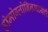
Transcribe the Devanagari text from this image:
हीमोग्लोबिनमध्येही